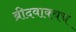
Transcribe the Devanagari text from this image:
ब्रीदवाक्यच